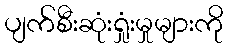
ပျက်စီးဆုံးရှုံးမှုများကို